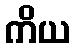
ကိယ